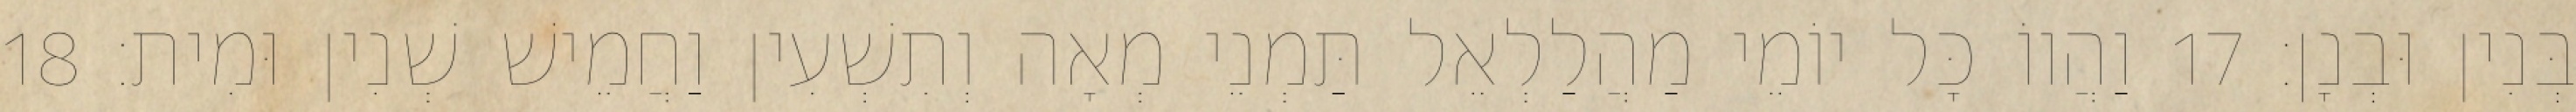
בְּנִין וּבְנָן׃ 17 וַהֲווֹ כָּל יוֹמֵי מַהֲלַלְאֵל תַּמְנֵי מְאָה וְתִשְׁעִין וַחֲמֵישׁ שְׁנִין וּמִית׃ 18